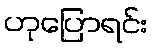
ဟုပြောရင်း